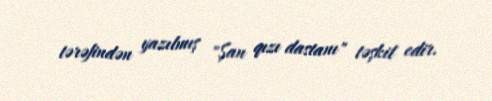
tərəfindən yazılmış "Şan qızı dastanı" təşkil edir.